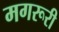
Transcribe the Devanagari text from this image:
मगरूरी